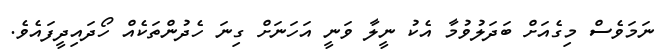
ނަމަވެސް މިގެއަށް ބަދަލުވުމާ އެކު ނީލާ ވަނީ އަހަނަށް ގިނަ ހެދުންތަކެއް ހޯދައިދީފައެވެ.